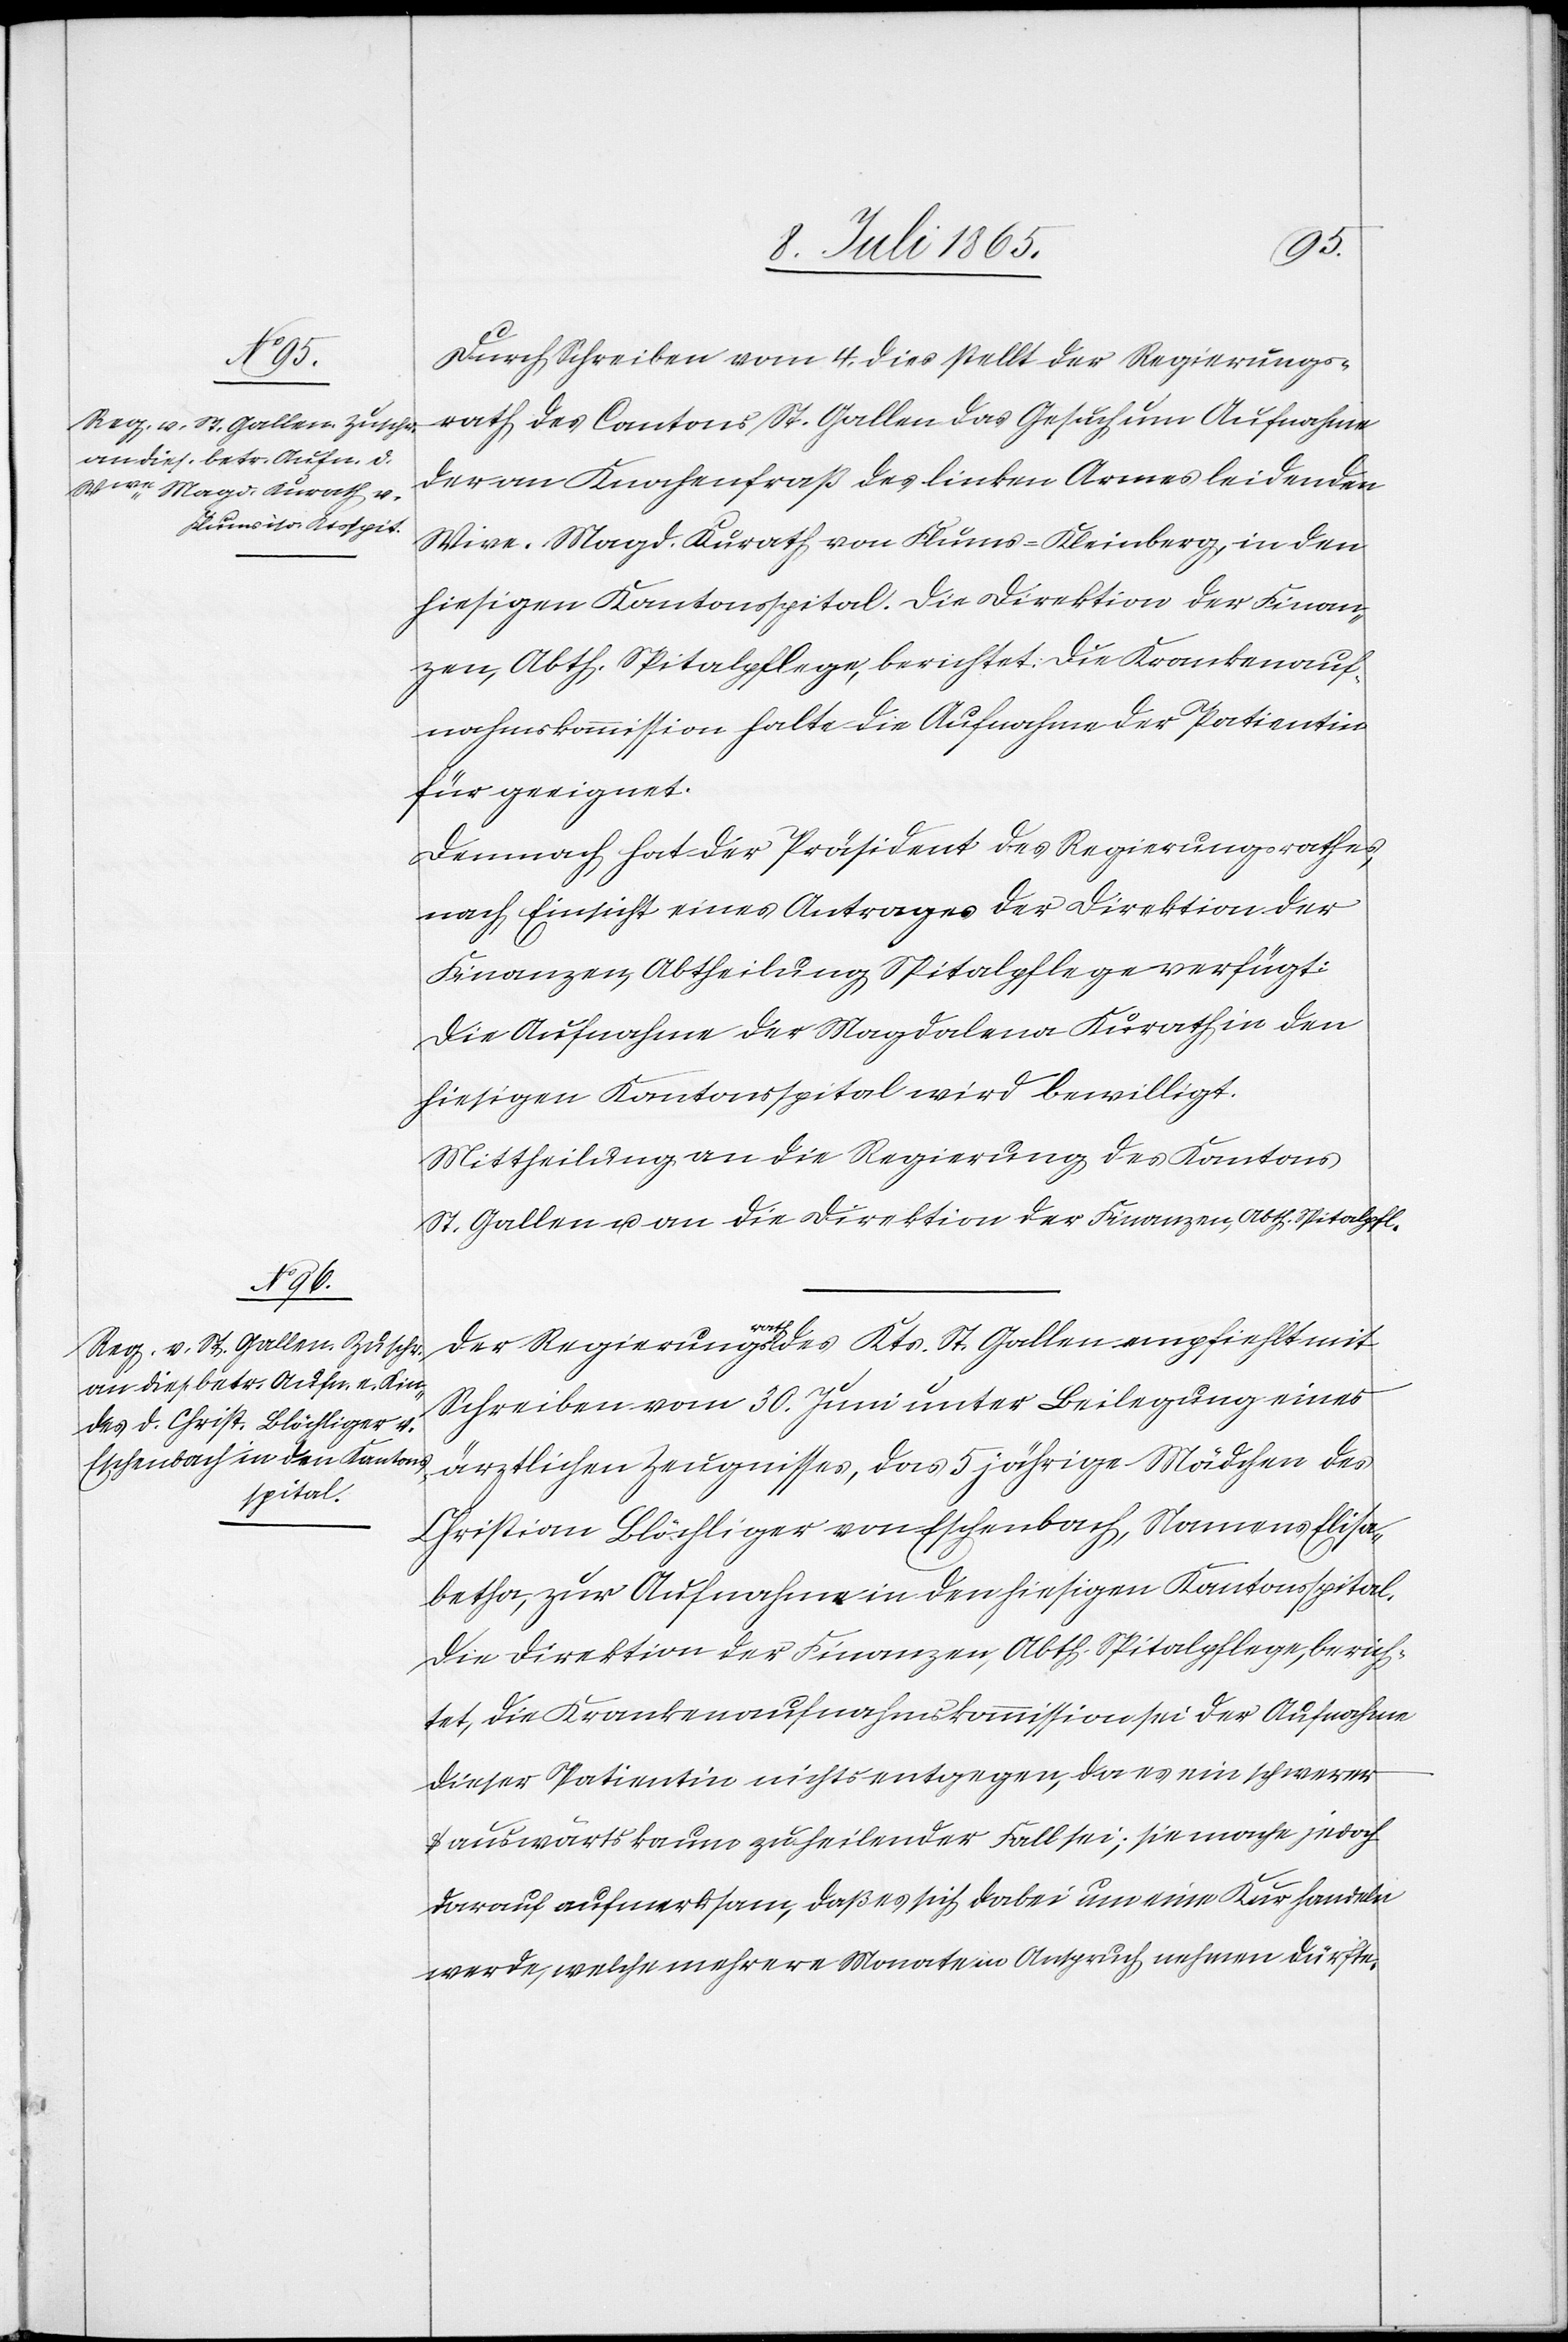
12. Juli 1865.]
Durch Schreiben vom 4. dies stellt der Regierungs¬
rath des Cantons St. Gallen das Gesuch um Aufnahme
der an Knochenfraß des linken Armes leidenden
Wiwe. Magd. Kurath von Flums-Kleinberg, in den
hiesigen Kantonsspital. Die Direktion der Finan¬
zen, Abth. Spitalpflege, berichtet: Die Krankenauf¬
nahmskommission halte die Aufnahme der Patientin
für geeignet.
Demnach hat der Präsident des Regierungsrathes,
nach Einsicht eines Antrages der Direktion der
Finanzen, Abtheilung Spitalpflege verfügt:
Die Aufnahme der Magdalena Kurath in den
hiesigen Kantonsspital wird bewilligt.
Mittheilung an die Regierung des Kantons
St. Gallen u. an die Direktion der Finanzen, Abth. Spitalpfl.
Der Regierungsrath des Kts. St. Gallen empfiehlt mit
Schreiben vom 30. Juni unter Beilegung eines
ärztlichen Zeugnisses, das 5 jährige Mädchen des
Christian Blöchliger von Eschenbach, Namens Elisa¬
betha, zur Aufnahme in den hiesigen Kantonsspital.
Die Direktion der Finanzen, Abth. Spitalpflege, berich¬
tet, die Krankenaufnahmskommission sei der Aufnahme
dieser Patientin nichts entgegen, da es ein schwerer
u. auswärts kaum zu heilender Fall sei; sie mache jedoch
darauf aufmerksam, daß es sich dabei um eine Kur handeln
werde, welche mehrere Monate in Anspruch nehmen dürfte.